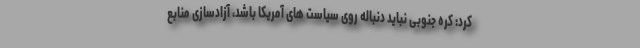
کرد: کره جنوبی نباید دنباله روی سیاست های آمریکا باشد، آزادسازی منابع